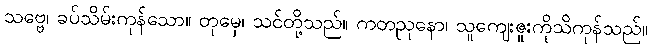
သဗ္ဗေ၊ ခပ်သိမ်းကုန်သော။ တုမှေ၊ သင်တို့သည်။ ကတညုနော၊ သူကျေးဇူးကိုသိကုန်သည်။